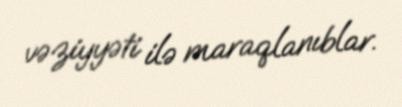
vəziyyəti ilə maraqlanıblar.